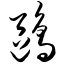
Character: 鸥